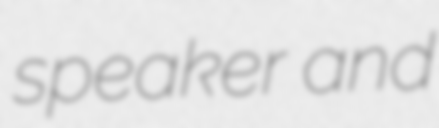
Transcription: speaker and